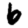
Digit: 6